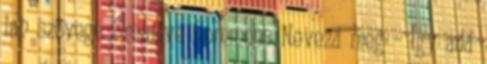
lap szövege Creative Commons Nevezd meg – Így add